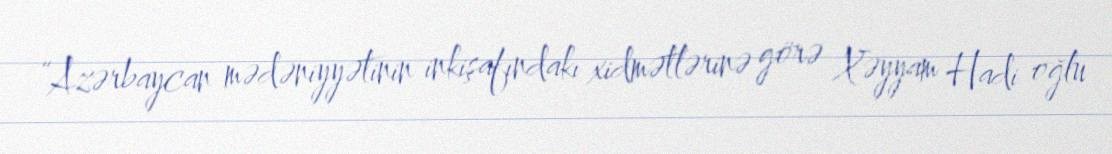
“Azərbaycan mədəniyyətinin inkişafındakı xidmətlərinə görə Xəyyam Hadi oğlu